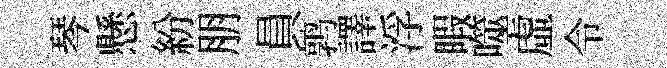
琴懸紛朋員鹑譯浮睱噬虛令